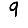
Digit: 9